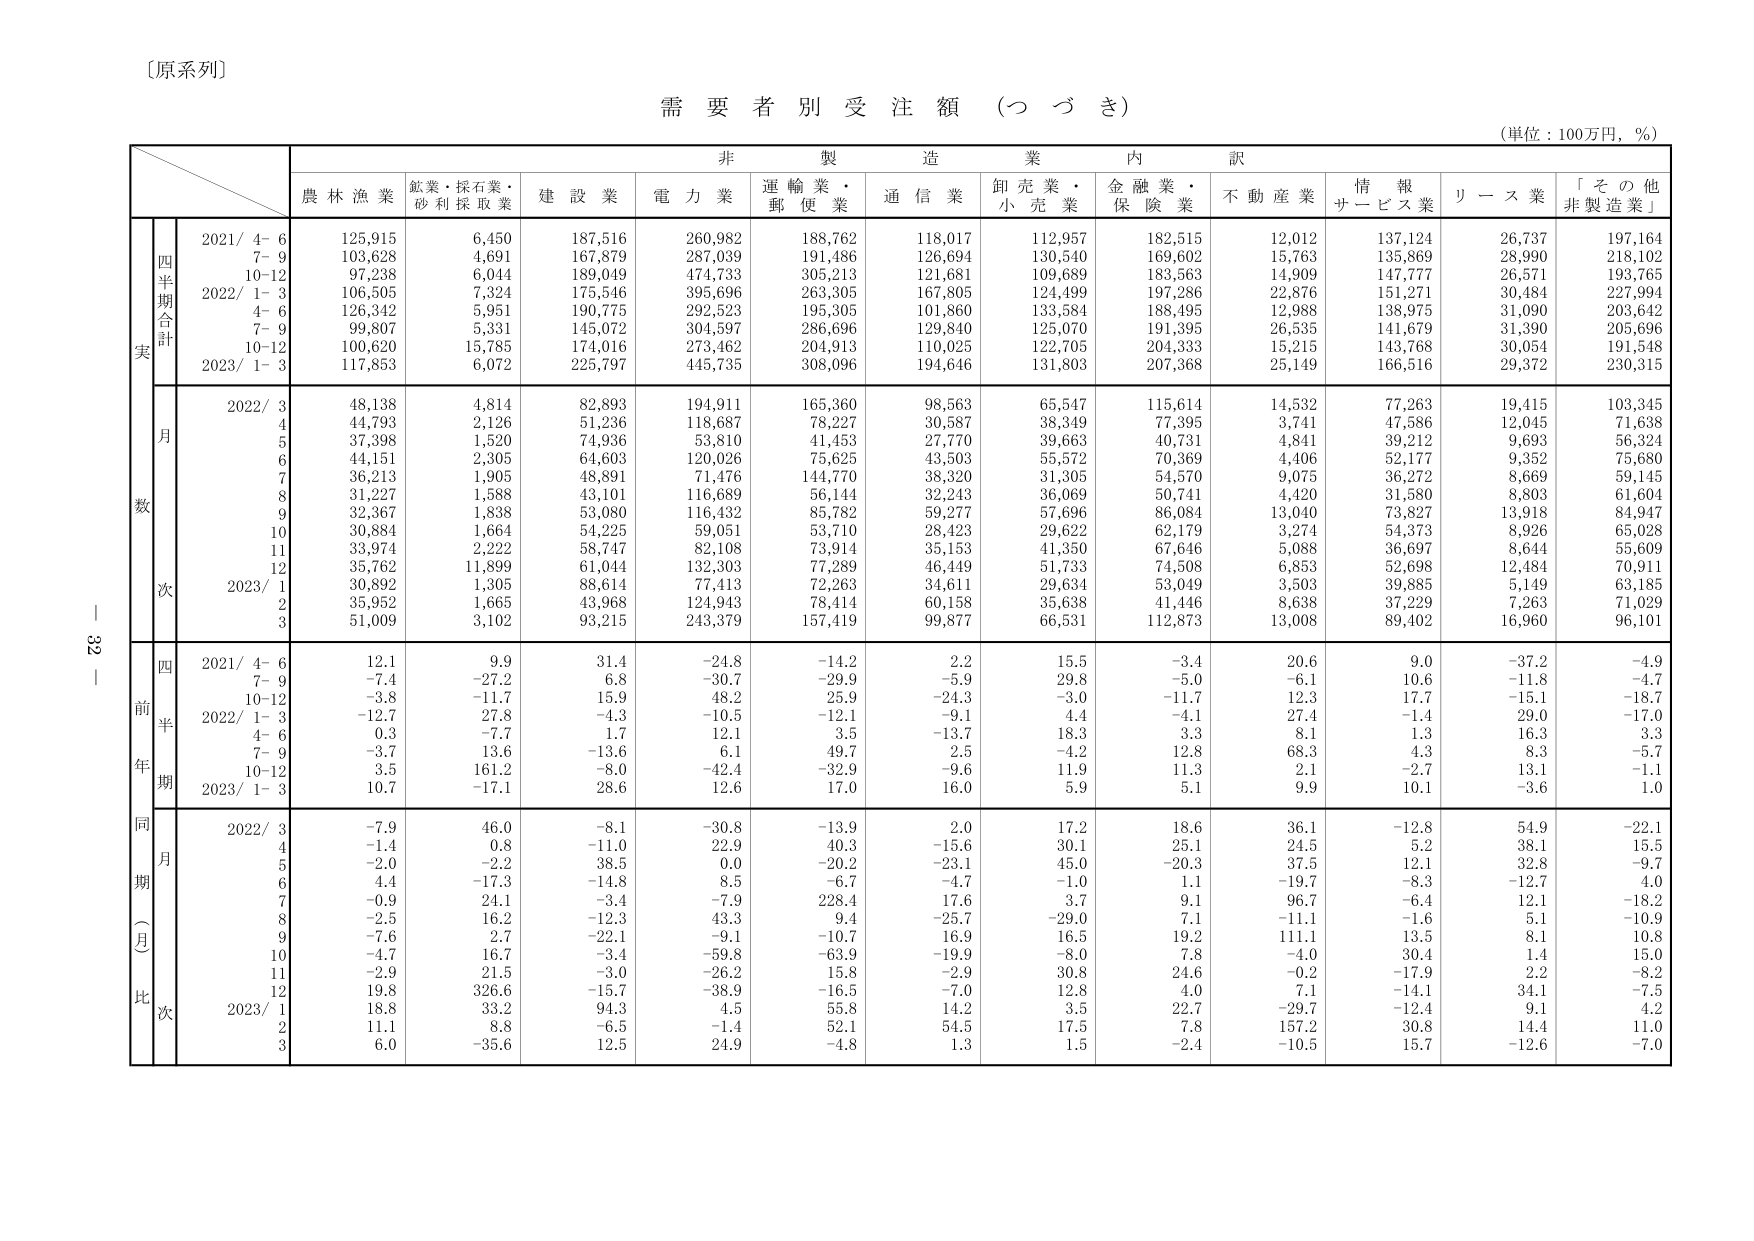
〔原系列〕

需要者別受注額（つづき）

（単位：100万円，％）

非製造業内訳

農林漁業　鉱業・採石業・砂利採取業　建設業　電力業　運輸業・郵便業　通信業　卸売業・小売業　金融業・保険業　不動産業　情報サービス業　リース業　「その他非製造業」

実
四半期合計
2021/ 4- 6　125,915　6,450　187,516　260,982　188,762　118,017　112,957　182,515　12,012　137,124　26,737　197,164
　　7- 9　103,628　4,691　167,879　287,039　191,486　126,694　130,540　169,602　15,763　135,869　28,990　218,102
　　10-12　97,238　6,044　189,049　474,733　305,213　121,681　109,689　183,563　14,909　147,777　26,571　193,765
2022/ 1- 3　106,505　7,324　175,546　395,696　263,305　167,805　124,499　197,286　22,876　151,271　30,484　227,994
　　4- 6　126,342　5,951　190,775　292,523　195,305　101,860　133,584　188,495　12,988　138,975　31,090　203,642
　　7- 9　99,807　5,331　145,072　304,597　286,696　129,840　125,070　191,395　26,535　141,679　31,390　205,696
　　10-12　100,620　15,785　174,016　273,462　204,913　110,025　122,705　204,333　15,215　143,768　30,054　191,548
2023/ 1- 3　117,853　6,072　225,797　445,735　308,096　194,646　131,803　207,368　25,149　166,516　29,372　230,315

数
月
2022/ 3　48,138　4,814　82,893　194,911　165,360　98,563　65,547　115,614　14,532　77,263　19,415　103,345
　　4　44,793　2,126　51,236　118,687　78,227　30,587　38,349　77,395　3,741　47,586　12,045　71,638
　　5　37,398　1,520　74,936　53,810　41,453　27,770　39,663　40,731　4,841　39,212　9,693　56,324
　　6　44,151　2,305　64,603　120,026　75,625　43,503　55,572　70,369　4,406　52,177　9,352　75,680
　　7　36,213　1,905　48,891　71,476　144,770　38,320　31,305　54,570　9,075　36,272　8,669　59,145
　　8　31,227　1,588　43,101　116,689　56,144　32,243　36,069　50,741　4,420　31,580　8,803　61,604
　　9　32,367　1,838　53,080　116,432　85,782　59,277　57,696　86,084　13,040　73,827　13,918　84,947
　　10　30,884　1,664　54,225　59,051　53,710　28,423　29,622　62,179　3,274　54,373　8,926　65,028
　　11　33,974　2,222　58,747　82,108　73,914　35,153　41,350　67,646　5,088　36,697　8,644　55,609
　　12　35,762　11,899　61,044　132,303　77,289　46,449　51,733　74,508　6,853　52,698　12,484　70,911
次
2023/ 1　30,892　1,305　88,614　77,413　72,263　34,611　29,634　53,049　3,503　39,885　5,149　63,185
　　2　35,952　1,665　43,968　124,943　78,414　60,158　35,638　41,446　8,638　37,229　7,263　71,029
　　3　51,009　3,102　93,215　243,379　157,419　99,877　66,531　112,873　13,008　89,402　16,960　96,101

前年同期
四半期
2021/ 4- 6　12.1　9.9　31.4　-24.8　-14.2　2.2　15.5　-3.4　20.6　9.0　-37.2　-4.9
　　7- 9　-7.4　-27.2　6.8　-30.7　-29.9　-5.9　29.8　-5.0　-6.1　10.6　-11.8　-4.7
　　10-12　-3.8　-11.7　15.9　48.2　25.9　-24.3　-3.0　-11.7　12.3　17.7　-15.1　-18.7
2022/ 1- 3　-12.7　27.8　-4.3　-10.5　-12.1　-9.1　4.4　-4.1　27.4　-1.4　29.0　-17.0
　　4- 6　0.3　-7.7　1.7　12.1　3.5　-13.7　18.3　3.3　8.1　1.3　16.3　3.3
　　7- 9　-3.7　13.6　-13.6　6.1　49.7　2.5　-4.2　12.8　68.3　4.3　8.3　-5.7
　　10-12　3.5　161.2　-8.0　-42.4　-32.9　-9.6　11.9　11.3　2.1　-2.7　13.1　-1.1
2023/ 1- 3　10.7　-17.1　28.6　12.6　17.0　16.0　5.9　5.1　9.9　10.1　-3.6　1.0

同期（月）比次
2022/ 3　-7.9　46.0　-8.1　-30.8　-13.9　2.0　17.2　18.6　36.1　-12.8　54.9　-22.1
　　4　-1.4　0.8　-11.0　22.9　40.3　-15.6　30.1　25.1　24.5　5.2　38.1　15.5
　　5　-2.0　-2.2　38.5　0.0　-20.2　-23.1　45.0　-20.3　37.5　12.1　32.8　-9.7
　　6　4.4　-17.3　-14.8　8.5　-6.7　-4.7　-1.0　1.1　-19.7　-8.3　-12.7　4.0
　　7　-0.9　24.1　-3.4　-7.9　228.4　17.6　3.7　9.1　96.7　-6.4　12.1　-18.2
　　8　-2.5　16.2　-12.3　43.3　9.4　-25.7　-29.0　7.1　-11.1　-1.6　5.1　-10.9
　　9　-7.6　2.7　-22.1　-9.1　-10.7　16.9　16.5　19.2　111.1　13.5　8.1　10.8
　　10　-4.7　16.7　-3.4　-59.8　-63.9　-19.9　-8.0　7.8　-4.0　30.4　1.4　15.0
　　11　-2.9　21.5　-3.0　-26.2　15.8　-2.9　30.8　24.6　-0.2　-17.9　2.2　-8.2
　　12　19.8　326.6　-15.7　-38.9　-16.5　-7.0　12.8　4.0　7.1　-14.1　34.1　-7.5
2023/ 1　18.8　33.2　94.3　4.5　55.8　14.2　3.5　22.7　-29.7　-12.4　9.1　4.2
　　2　11.1　8.8　-6.5　-1.4　52.1　54.5　17.5　7.8　157.2　30.8　14.4　11.0
　　3　6.0　-35.6　12.5　24.9　-4.8　1.3　1.5　-2.4　-10.5　15.7　-12.6　-7.0

32